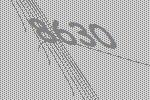
8630